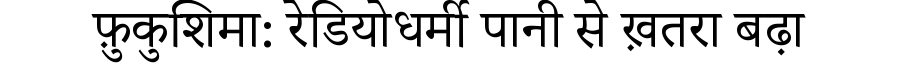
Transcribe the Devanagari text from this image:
फ़ुकुशिमा: रेडियोधर्मी पानी से ख़तरा बढ़ा